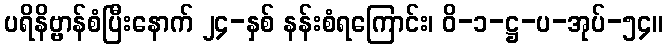
ပရိနိဗ္ဗာန်စံပြီးနောက် ၂၄-နှစ် နန်းစံရကြောင်း၊ ဝိ-၁-ဋ္ဌ-ပ-အုပ်-၅၄။